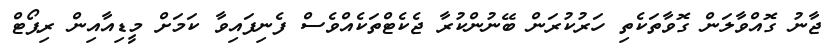
ޖާނު ގޮއްވާލަން ގޮވާތަކެތި ހަރުކުރަން ބޭނުންކުރާ ޖެކެޓްތަކެއްވެސް ފެނިފައިވާ ކަމަށް މީޑިއާއިން ރިޕޯޓް